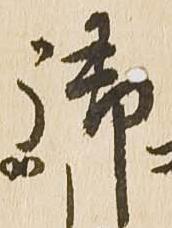
御